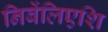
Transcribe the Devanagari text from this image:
निबेंलिएशि